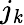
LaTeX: j_{\mathit{k}}